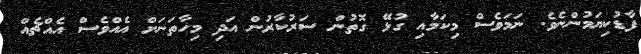
ފާޑުކިޔަމުންނެވެ. ނަމަވެސް މިކަމާއި ގުޅޭ ގޮތުން ސަރުކާރުން އަދި މިހާތަނަށް އެއްވެސް އެއްޗެއް